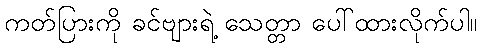
ကတ်ပြားကို ခင်ဗျားရဲ့ သေတ္တာ ပေါ်ထားလိုက်ပါ။